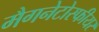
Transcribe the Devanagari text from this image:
मैगनेटोस्फीयर